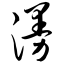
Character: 漫